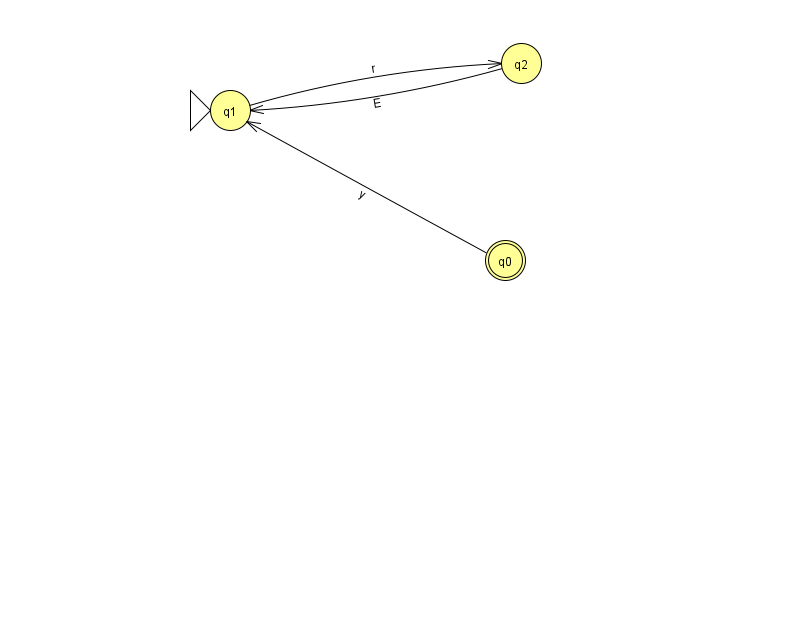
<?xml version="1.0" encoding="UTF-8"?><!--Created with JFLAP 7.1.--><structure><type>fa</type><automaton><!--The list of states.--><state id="0" name="q0"><x>505.0</x><y>247.0</y><final/></state><state id="1" name="q1"><x>230.0</x><y>97.0</y><initial/></state><state id="2" name="q2"><x>521.0</x><y>50.0</y></state><!--The list of transitions.--><transition><from>0</from><to>1</to><read>y</read></transition><transition><from>2</from><to>1</to><read>E</read></transition><transition><from>1</from><to>2</to><read>r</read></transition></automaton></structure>